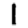
Digit: 1